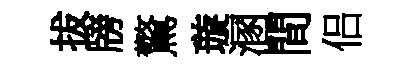
拔牓驚璇溷間侣